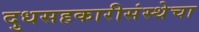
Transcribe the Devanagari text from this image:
दुधसहकारीसंस्थेचा